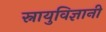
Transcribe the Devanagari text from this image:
स्नायुविज्ञानी